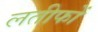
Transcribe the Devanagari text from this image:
लतीफों